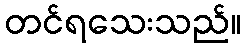
တင်ရသေးသည်။